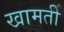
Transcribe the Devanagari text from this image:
खामती